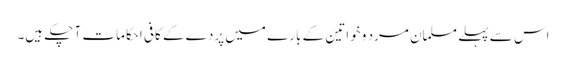
اس سے پہلے مسلمان مرد و خواتین کے بارے میں پردے کے کافی احکامات آ چکے ہیں۔